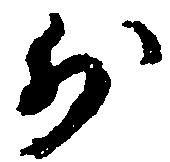
少